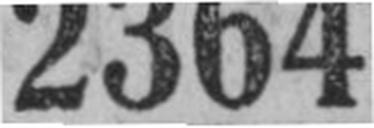
2364